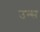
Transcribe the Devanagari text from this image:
उन्स